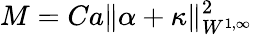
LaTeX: M=Ca\| \alpha+\kappa\| _{W^{1,\infty}}^{2}